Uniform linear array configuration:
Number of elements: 16
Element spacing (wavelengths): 0.75
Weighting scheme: binomial
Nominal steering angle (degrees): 30
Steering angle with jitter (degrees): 28.878
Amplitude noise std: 0.05
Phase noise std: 0.05

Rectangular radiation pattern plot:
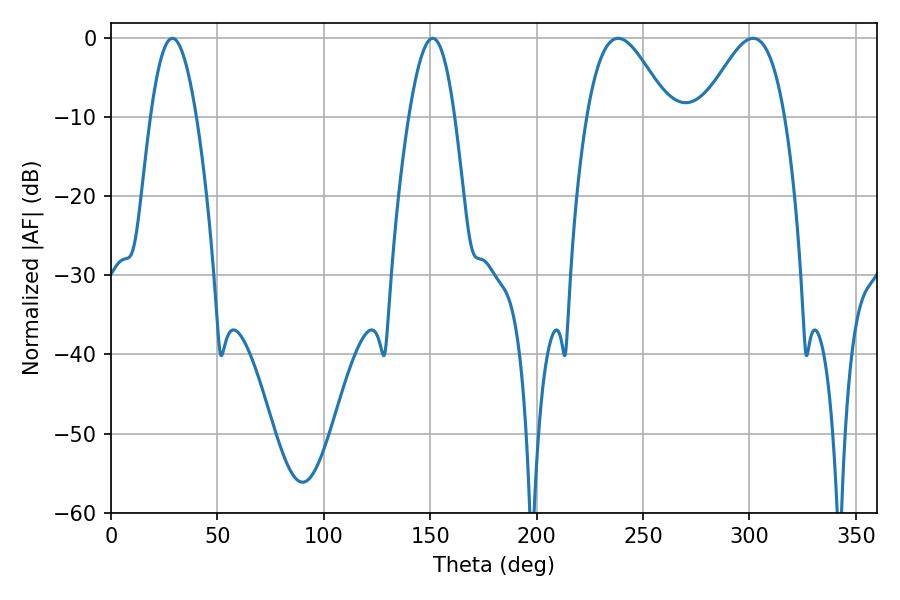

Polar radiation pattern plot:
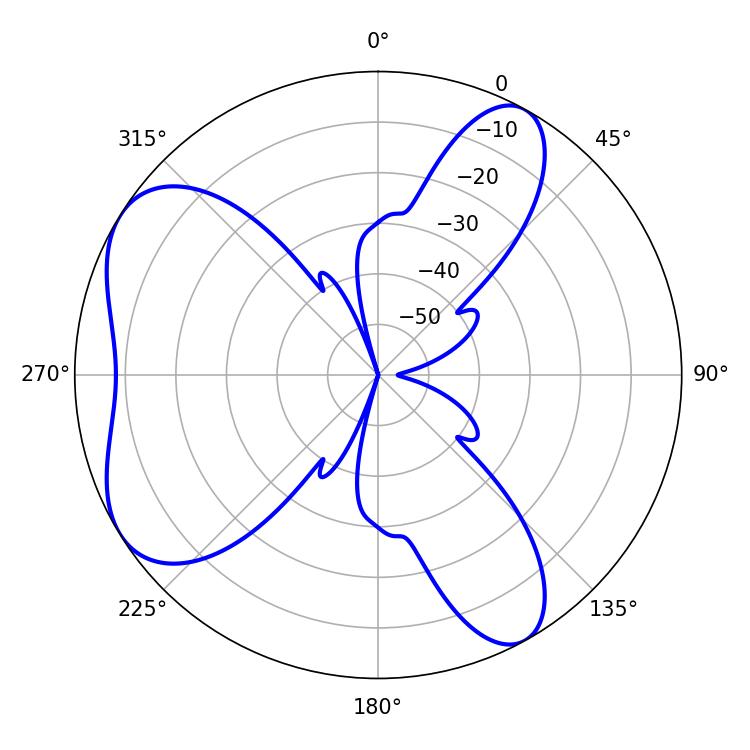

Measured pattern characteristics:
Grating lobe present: TRUE
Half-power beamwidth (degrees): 20.52
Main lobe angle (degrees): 238.32